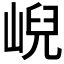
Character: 𡸣